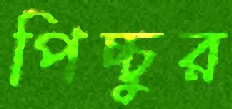
পিচ্চুর